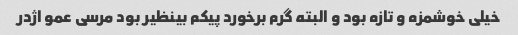
خیلی خوشمزه و تازه بود و البته گرم برخورد پیکم بینظیر بود مرسی عمو اژدر